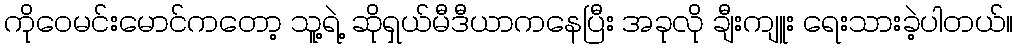
ကိုဝေမင်းမောင်ကတော့ သူ့ရဲ့ ဆိုရှယ်မီဒီယာကနေပြီး အခုလို ချီးကျူး ရေးသားခဲ့ပါတယ်။